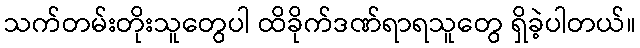
သက်တမ်းတိုးသူတွေပါ ထိခိုက်ဒဏ်ရာရသူတွေ ရှိခဲ့ပါတယ်။